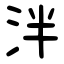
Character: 泮